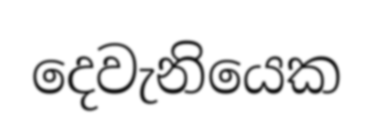
දෙවැනියෙක